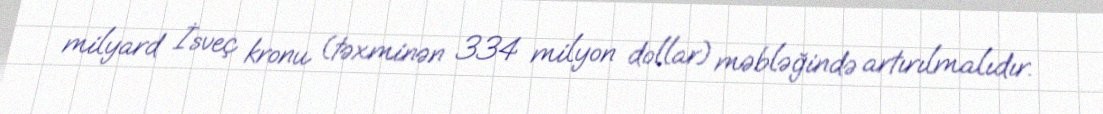
milyard İsveç kronu (təxminən 334 milyon dollar) məbləğində artırılmalıdır.